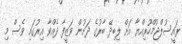
ރައީސުލްޖުމްހޫރިއްޔާ އަށް ލިބިދޭ ބާރުގެ ދަށުން ވަޒީފާ ދެއްވާ އިރުގައި ވެސް މި